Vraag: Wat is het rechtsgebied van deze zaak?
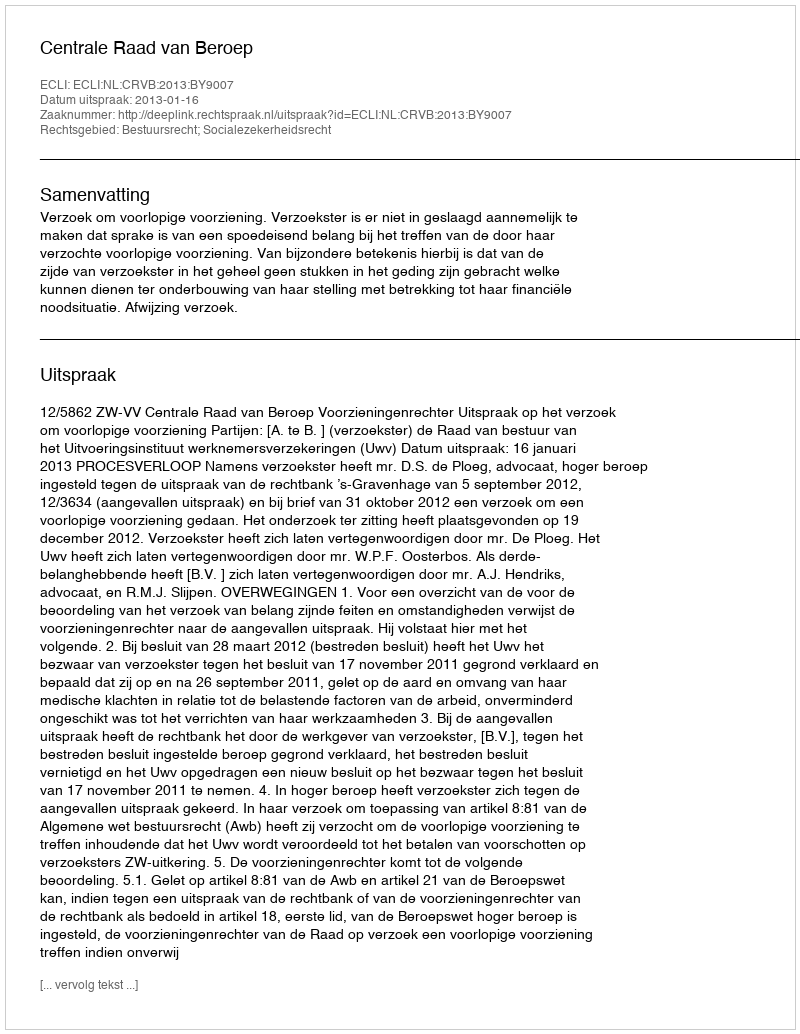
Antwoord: Bestuursrecht; Socialezekerheidsrecht